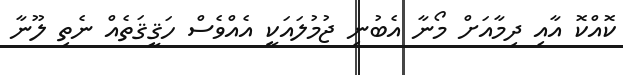
ކޮއްކޮ އާއި ދިމާއަށް މޯނާ އެބުނި ޖުމުލައަކީ އެއްވެސް ހަޤީޤަތެއް ނެތި ލޫނާ